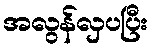
အလွန်လှပပြီး